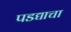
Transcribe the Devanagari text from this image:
पडद्याचा